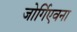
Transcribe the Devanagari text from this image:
जोर्गिएवना